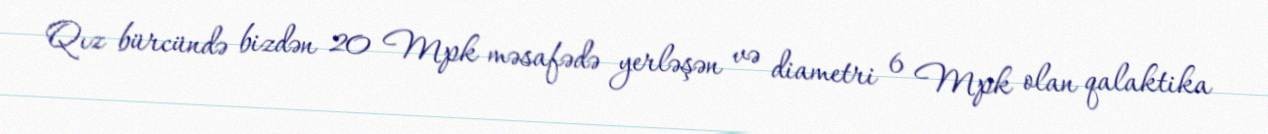
Qız bürcündə bizdən 20 Mpk məsafədə yerləşən və diametri 6 Mpk olan qalaktika